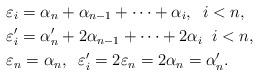
LaTeX: \begin{align*} & \varepsilon_i = \alpha_n + \alpha_{n-1} + \dots + \alpha_i, \;\; i < n, \\ & \varepsilon'_i = \alpha'_n + 2\alpha_{n-1} + \dots + 2\alpha_i \;\; i < n, \\ & \varepsilon_n = \alpha_n, \;\; \varepsilon'_i = 2\varepsilon_n = 2\alpha_n = \alpha'_n. \end{align*}